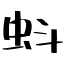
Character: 蚪